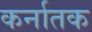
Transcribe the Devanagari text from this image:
कर्नातक